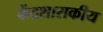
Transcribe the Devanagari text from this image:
केंद्रशासकीय